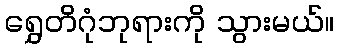
ရွှေတိဂုံဘုရားကို သွားမယ်။